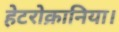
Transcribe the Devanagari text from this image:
हेटरोक्रानिया।